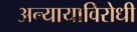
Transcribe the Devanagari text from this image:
अन्यायाविरोधी